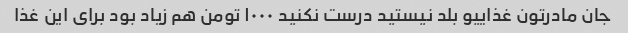
جان مادرتون غذاییو بلد نیستید درست نکنید ١٠٠٠ تومن هم زیاد بود برای این غذا